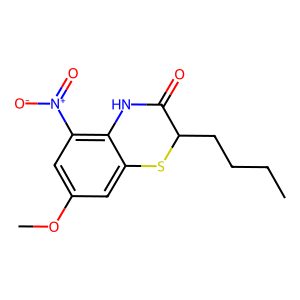
SMILES: CCCCC1Sc2cc(OC)cc([N+](=O)[O-])c2NC1=O
Inhibits HIV replication: No